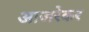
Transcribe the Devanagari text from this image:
आजरेकर